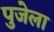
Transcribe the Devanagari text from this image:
पुजेला